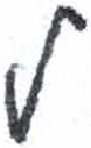
אות: ל